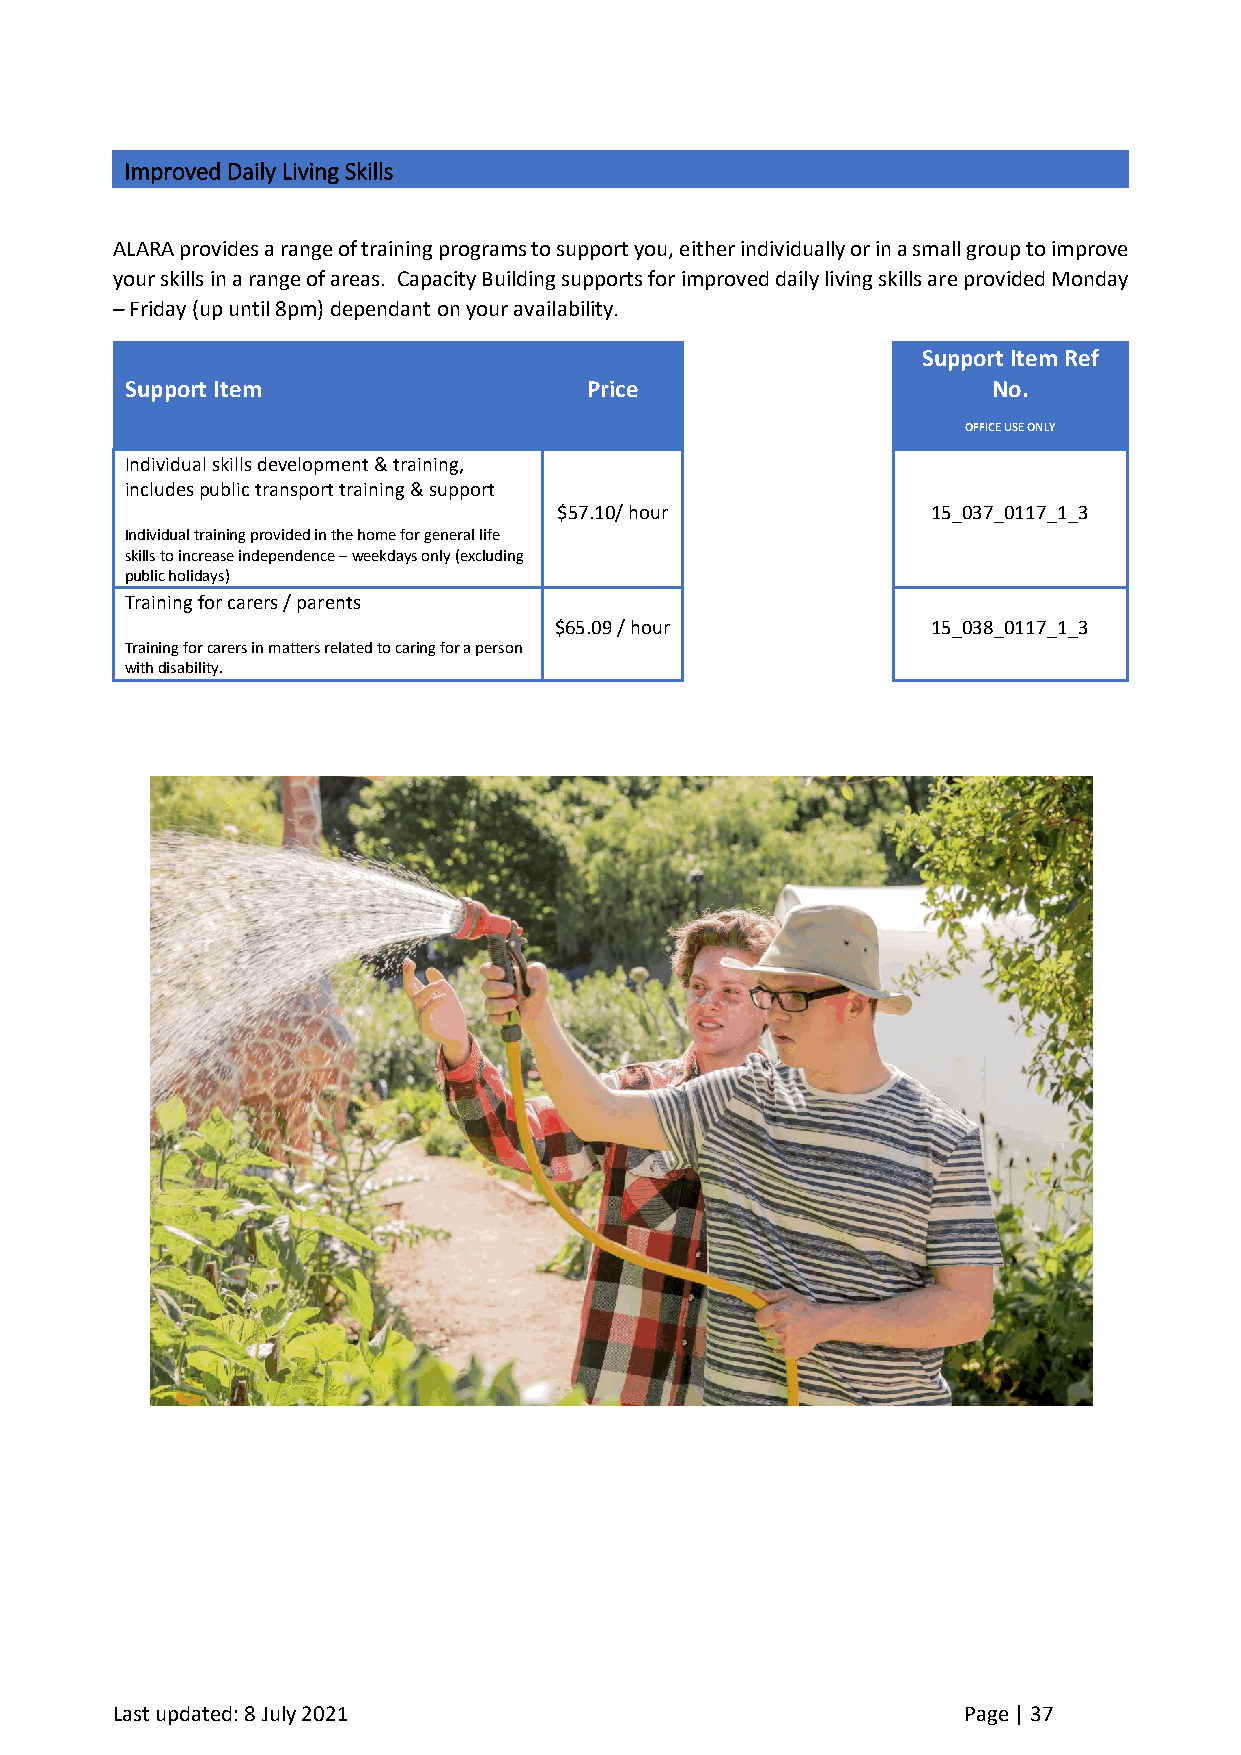
Improved Daily Living Skills
 ALARA provides a range of training programs to support you, either individually or in a small group to improve
 your skills in a range of areas. Capacity Building supports for improved daily living skills are provided Monday
 – Friday (up until 8pm) dependant on your availability.
 Support Item Ref
 Support Item                   Price                      No.
 OFFICE USE ONLY
 Individual skills development & training,
 includes public transport training & support
 $57.10/ hour             15_037_0117_1_3
 Individual training provided in the home for general life
 skills to increase independence – weekdays only (excluding
 public holidays)
 Training for carers / parents
 $65.09 / hour            15_038_0117_1_3
 Training for carers in matters related to caring for a person
 with disability.
 Last updated: 8 July 2021                                Page | 37